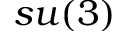
s u ( 3 )